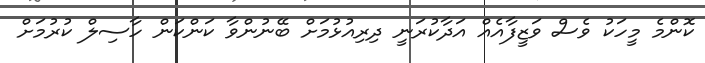
ކޮންމެ މީހަކު ވެސް ވަޒީފާއެއް އަދާކުރަނީ ދިރިއުޅުމަށް ބޭނުންވާ ކަންކަން ހާސިލް ކުރުމަށް